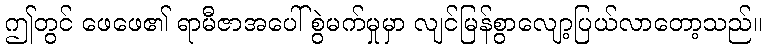
ဤတွင် ဖေဖေ၏ ရာမီဇာအပေါ် စွဲမက်မှုမှာ လျင်မြန်စွာလျော့ပြယ်လာတော့သည်။